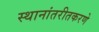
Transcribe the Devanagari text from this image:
स्थानांतरीतकरणे